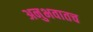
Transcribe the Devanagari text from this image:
अनुभवातच